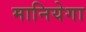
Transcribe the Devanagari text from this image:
मानियेगा